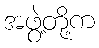
အဖွဲ့တို့က